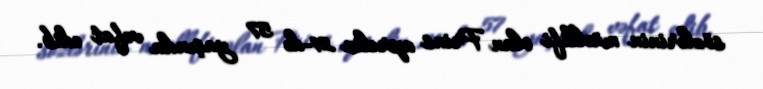
sözlərinin müəllifi olan Prins aprelin 21-də 57 yaşında vəfat edib.